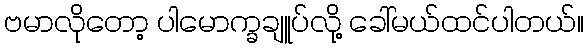
ဗမာလိုတော့ ပါမောက္ခချူပ်လို့ ခေါ်မယ်ထင်ပါတယ်။